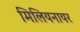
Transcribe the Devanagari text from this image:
मिलियनायर